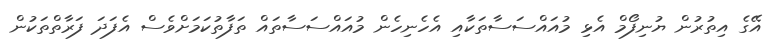
އޭގެ އިތުރުން ޔުނިފޯމް އެޅި މުއައްސަސާތަކާއި އެހެނިހެން މުއައްސަސާތައް ތަފާތުކަމަށްވެސް އެފަދަ ފަރާތްތަކުން